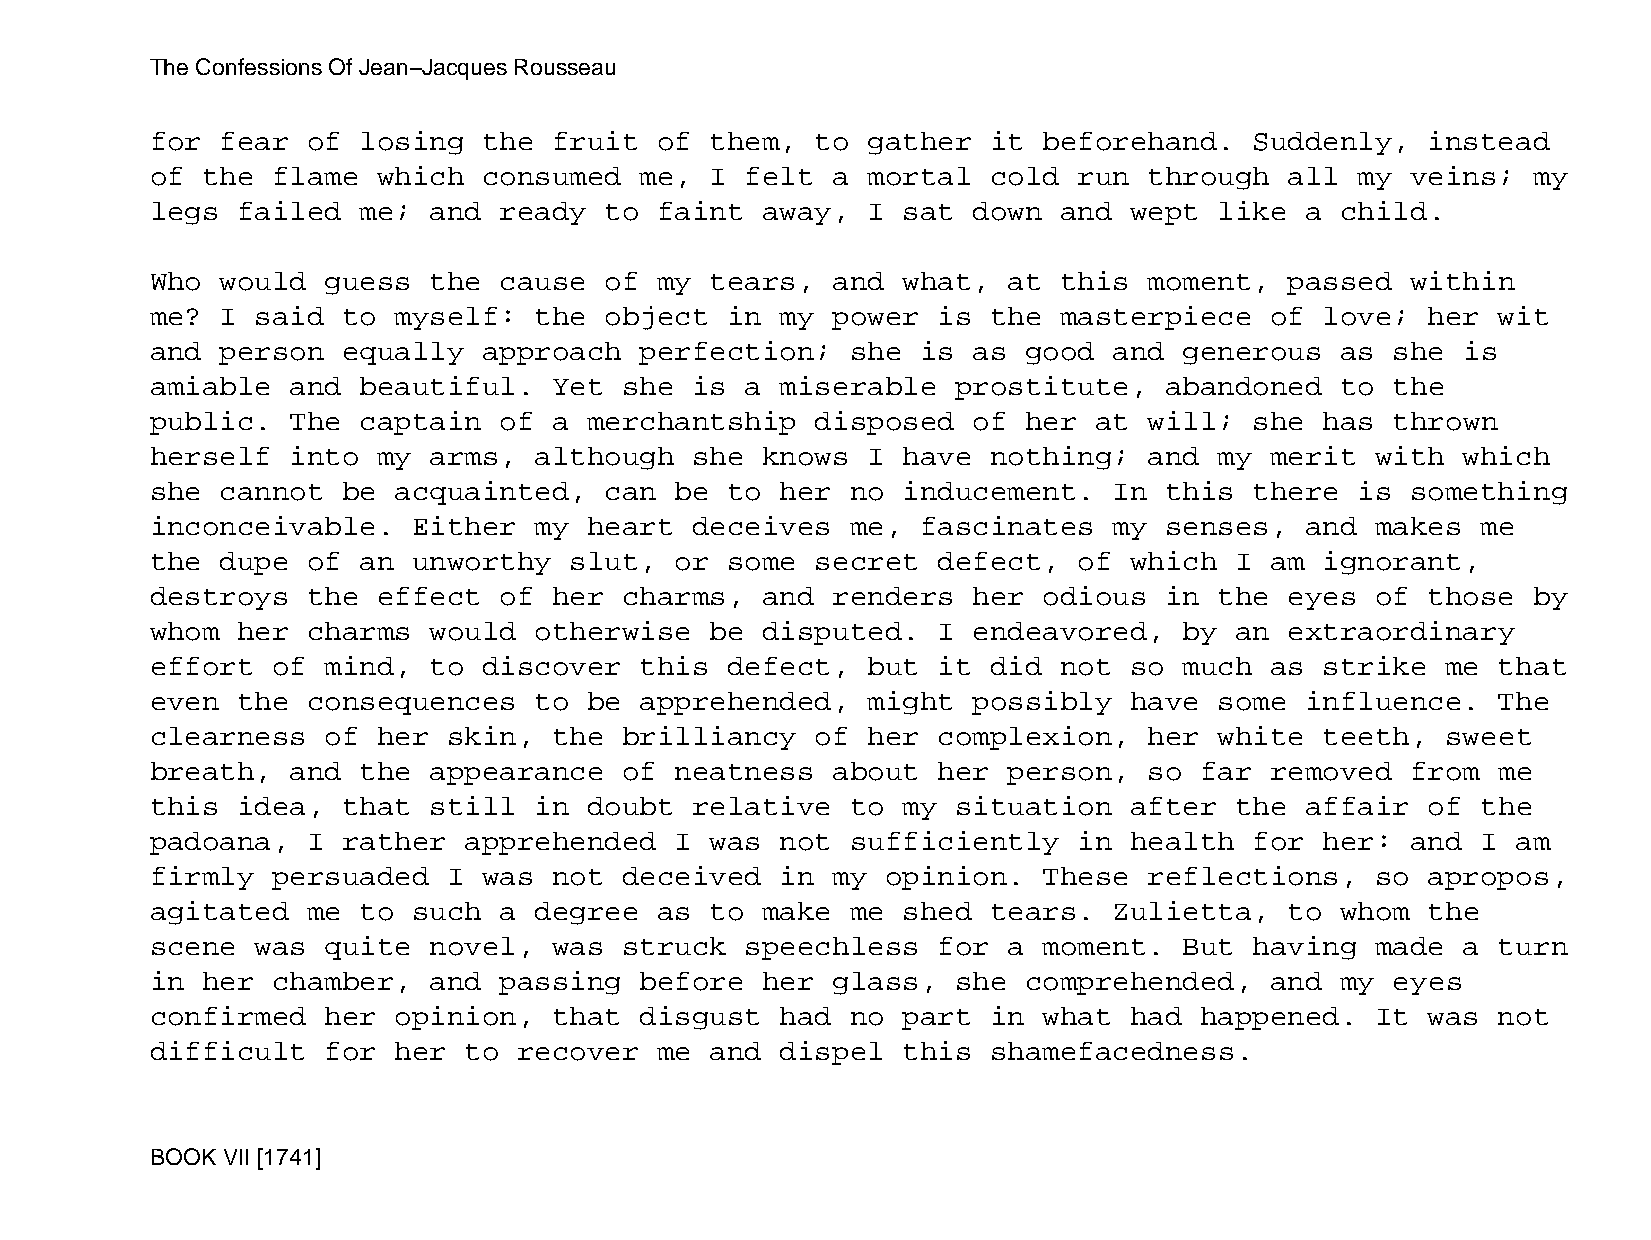
The Confessions Of Jean−Jacques Rousseau
 for  fear of  losing  the  fruit  of them,  to gather   it beforehand.   Suddenly,   instead
 of the  flame  which  consumed  me,  I felt  a mortal   cold run  through  all  my veins;  my
 legs  failed  me; and  ready  to  faint away,  I  sat down  and  wept  like a  child.
 Who  would  guess the  cause  of  my tears,  and  what,  at this  moment,  passed  within
 me?  I said  to myself:  the  object  in  my power  is  the masterpiece   of  love;  her wit
 and  person  equally  approach  perfection;   she  is as  good  and generous   as she  is
 amiable  and  beautiful.   Yet she  is a  miserable  prostitute,   abandoned   to the
 public.  The  captain  of  a merchantship   disposed  of  her at  will;  she  has thrown
 herself  into  my arms,  although   she knows  I  have  nothing;  and  my merit  with  which
 she  cannot  be acquainted,   can  be to  her no  inducement.   In this  there  is something
 inconceivable.   Either  my  heart  deceives  me,  fascinates   my senses,  and  makes  me
 the  dupe of  an unworthy   slut,  or some  secret  defect,  of  which  I am  ignorant,
 destroys  the  effect  of  her charms,  and  renders  her  odious  in  the eyes  of  those by
 whom  her charms  would  otherwise   be disputed.   I endeavored,   by  an extraordinary
 effort  of  mind, to  discover  this  defect,  but  it  did not  so much  as  strike  me that
 even  the consequences   to  be apprehended,   might  possibly   have  some influence.   The
 clearness   of her  skin,  the brilliancy   of her  complexion,   her  white  teeth,  sweet
 breath,  and  the appearance   of  neatness  about  her  person,  so far  removed  from  me
 this  idea,  that still  in  doubt  relative  to  my situation   after  the affair   of the
 padoana,  I  rather  apprehended   I was  not sufficiently   in  health  for  her: and  I am
 firmly  persuaded   I was  not deceived   in my  opinion.  These  reflections,   so  apropos,
 agitated  me  to such  a degree   as to make  me  shed  tears.  Zulietta,  to  whom  the
 scene  was  quite novel,   was struck  speechless   for  a moment.  But  having  made  a turn
 in her  chamber,  and  passing  before  her  glass,  she  comprehended,   and  my eyes
 confirmed   her opinion,   that disgust   had no  part  in what  had happened.   It  was not
 difficult   for her  to recover   me and  dispel  this  shamefacedness.
 BOOK VII [1741]